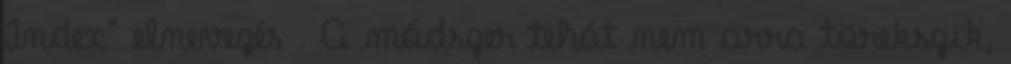
Index" elnevezés . A módszer tehát nem arra törekszik,